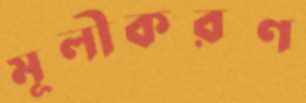
মূলীকরণ